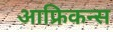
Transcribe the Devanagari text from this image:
आफ्रिकन्स